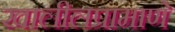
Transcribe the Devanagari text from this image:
खालीलप्रामाणे